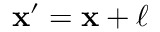
{ \bf x ^ { \prime } } = { \bf x } + { \bf \boldsymbol { \ell } }